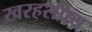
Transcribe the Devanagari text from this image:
खरहरप्रिय